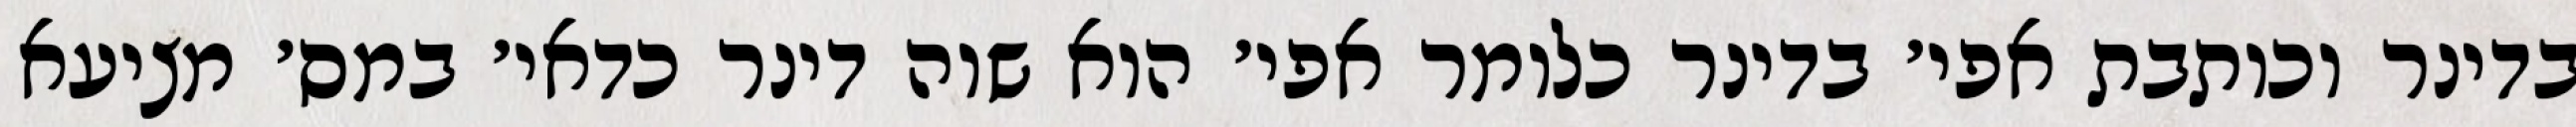
בדינר וכותבת אפי׳ בדינר כלומר אפי׳ הוא שוה דינר כדאי׳ במס׳ מציעא